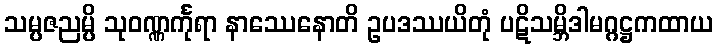
သမ္ပဇညမ္ပိ သုဝဏ္ဏင်္ကုရာ နာဿေနောတိ ဥပဒဿယိတုံ ပဋိသမ္ဘိဒါမဂ္ဂဋ္ဌကထာယ